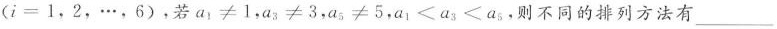
($$i=1$$，2，\ldots，6)，若$$a_{1}≠1$$，$$a_{3}≠3$$，$$a_{5}≠5$$，$$a_{1}＜a_{3}＜a_{5}$$，则不同的排列方法有___